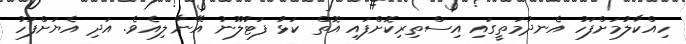
ހިއްކާލުމަށްފަހު އެނދުމަތީގައި އިސްތިރިކޮށްފައި އޮތް ކަޅު ފަޓުލޫނު އޭނާ ލިއެވެ. އަދި އެޔަށްފަހު